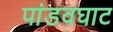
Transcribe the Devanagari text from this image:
पांडवघाट